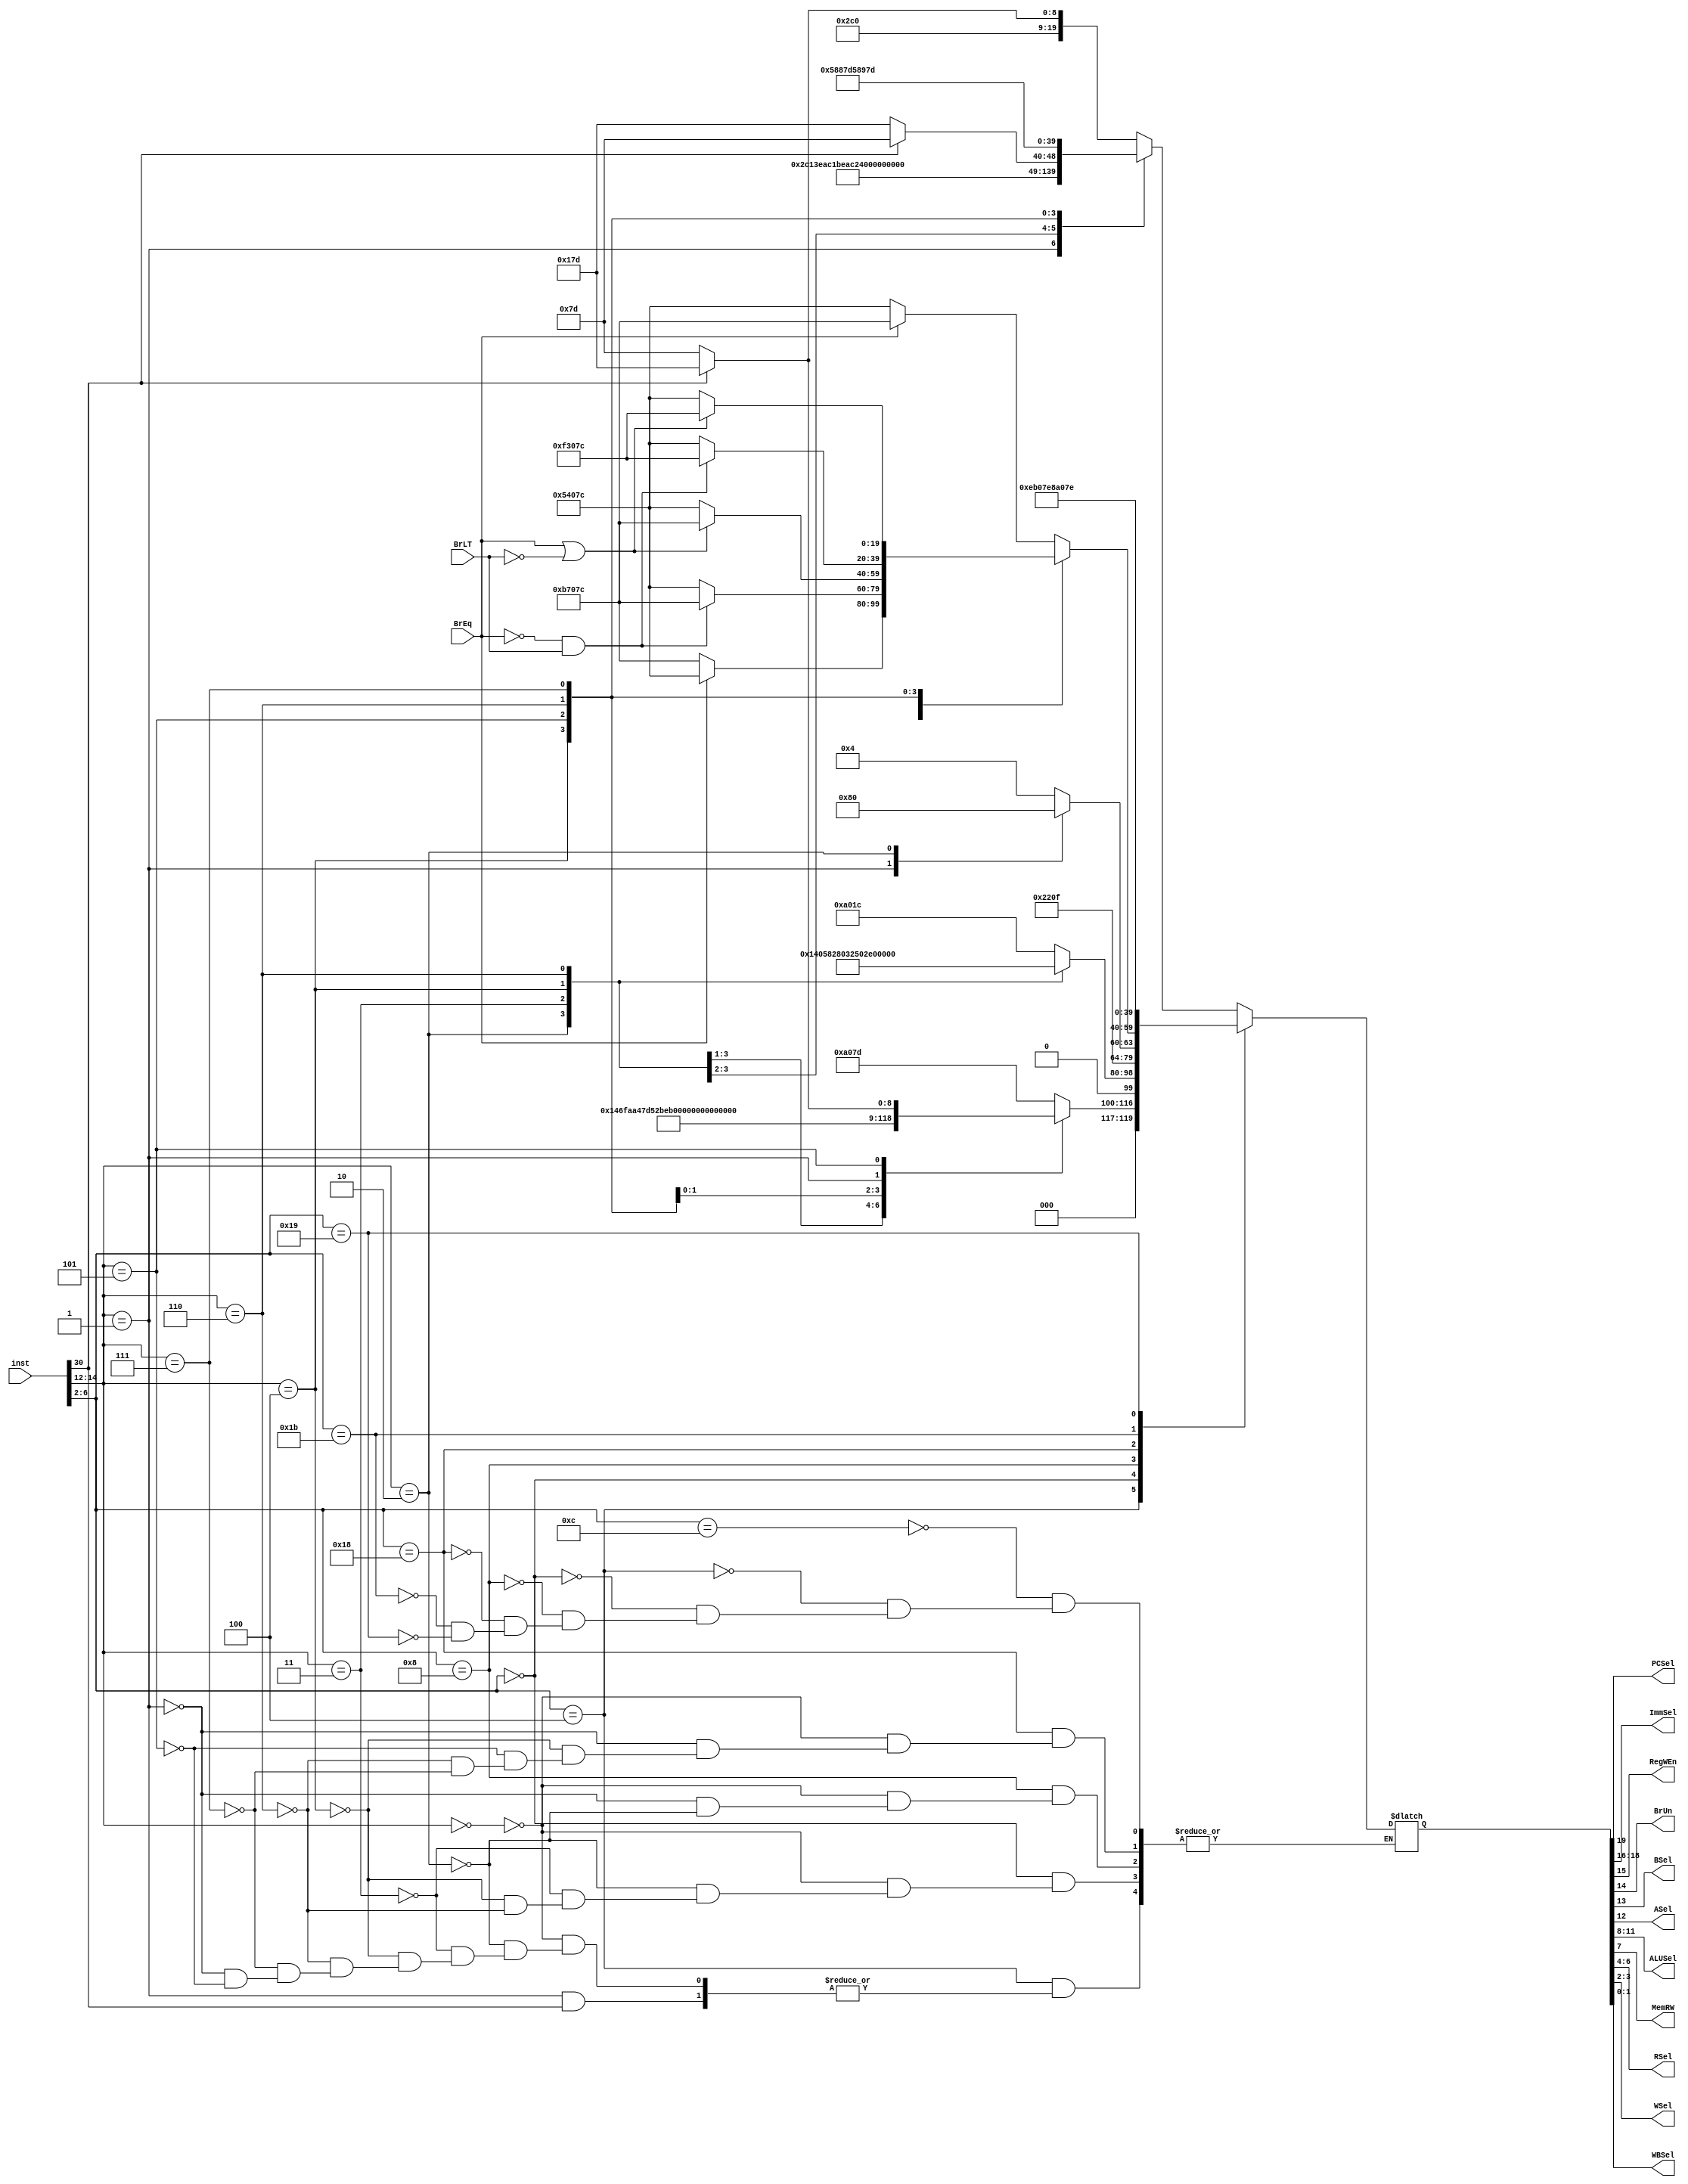
module Control_Unit(inst,BrEq,BrLT,PCSel,ImmSel,RegWEn,BrUn,BSel,ASel,ALUSel,MemRW,RSel,WSel,WBSel);
input [31:0]inst;
input BrEq,BrLT;
reg [19:0]data; //cau truc: PCSel_ImmSel_RegWEn_BrUn_BSel_ASel_ALUSel_MemRW_RSel_WSel_WBSel
output reg PCSel,RegWEn,BrUn,BSel,ASel,MemRW;
output reg [2:0]ImmSel,RSel;
output reg [1:0]WSel,WBSel;
output reg [3:0]ALUSel;
//type
localparam R=5'b01100;
localparam Ic=5'b00100;
localparam Il=5'b00000;
localparam S=5'b01000;
localparam B=5'b11000;
localparam J=5'b11011;
localparam Jr=5'b11001;
//command
localparam add_sub =3'b000; localparam addi =3'b000; localparam lb =3'b000;
localparam beq =3'b000; localparam jalr =3'b000; localparam sb =3'b000;
localparam sll =3'b001; localparam slli =3'b001;  localparam sh =3'b001; localparam bne =3'b001;
localparam slt= 3'b010; localparam slti = 3'b010; localparam lh = 3'b010; localparam sw= 3'b010;
localparam sltu= 3'b011; localparam sltiu= 3'b011;  localparam lw= 3'b011;
localparam _xor= 3'b100; localparam _xori= 3'b100; localparam lbu= 3'b100; localparam blt= 3'b100;
localparam srl_sra= 3'b101; localparam srli_srai= 3'b101; localparam bge= 3'b101; 
localparam _or = 3'b110; localparam _ori = 3'b110; localparam lhu = 3'b110; localparam bltu = 3'b110;
localparam _and = 3'b111; localparam _andi = 3'b111; localparam bgeu = 3'b111;
//operation
always @ (*) begin
case(inst[6:2])
	R: begin 
		case(inst[14:12])
		add_sub: begin 
				if (inst[30]) data<=20'b0_101_1_0_0_0_0001_0_111_11_01;
				else data<=20'b0_101_1_0_0_0_0000_0_111_11_01;
			end
		sll: data<=20'b0_101_1_0_0_0_0010_0_111_11_01;
		slt: data<=20'b0_101_1_0_0_0_0011_0_111_11_01;
		sltu: data<=20'b0_101_1_0_0_0_0100_0_111_11_01;
		_xor: data<=20'b0_101_1_0_0_0_0101_0_111_11_01;
		srl_sra: begin 
				if (inst[30]) data<=20'b0_101_1_0_0_0_0110_0_111_11_01;
				else data<=20'b0_101_1_0_0_0_0111_0_111_11_01;
			end			
		_or: data<=20'b0_101_1_0_0_0_1000_0_111_11_01;
		_and: data<=20'b0_101_1_0_0_0_1001_0_111_11_01;
		endcase
	   end
	Ic: begin
		case(inst[14:12])
		addi: data<=20'b0_000_1_0_1_0_0000_0_111_11_01;
		slti: data<=20'b0_000_1_0_1_0_0011_0_111_11_01;
		sltiu: data<=20'b0_000_1_0_1_0_0100_0_111_11_01;
		_xori: data<=20'b0_000_1_0_1_0_0101_0_111_11_01;
		_or: data<=20'b0_000_1_0_1_0_1000_0_111_11_01;
		_andi: data<=20'b0_000_1_0_1_0_1001_0_111_11_01;
		slli: if (inst[30]==0) data<=20'b0_001_1_0_1_0_0010_0_111_11_01;
		srli_srai: begin
				if(inst[30]) data<=20'b0_001_1_0_1_0_0111_0_111_11_01;
				else data<=20'b0_001_1_0_1_0_0110_0_111_11_01;
			end
	     	endcase
	     end
	Il:  begin
		case(inst[14:12])
		lb: data<= 20'b0_000_1_0_1_0_0000_0_001_11_00;
		lh: data<= 20'b0_000_1_0_1_0_0000_0_010_11_00;
		lw: data<= 20'b0_000_1_0_1_0_0000_0_000_11_00;
		lbu: data<= 20'b0_100_1_0_1_0_0000_0_101_11_00;
		lhu: data<= 20'b0_100_1_0_1_0_0000_0_110_11_00;
		endcase
	     end
	S:  begin
		case(inst[14:12])
		sb: data<= 20'b0_010_0_0_1_0_0000_1_111_01_00;
		sh: data<= 20'b0_010_0_0_1_0_0000_1_111_10_00;
		sw: data<= 20'b0_010_0_0_1_0_0000_1_111_00_00;
	    	endcase
	    end
	B: begin
		case(inst[14:12])
		beq: begin
			 BrUn=1'b1;
			 if(BrEq) data<= 20'b1_011_0_1_1_1_0000_0_111_11_00;
			 else data<= 20'b0_101_0_1_0_0_0000_0_111_11_00;
		     end
		bne: begin
			BrUn=1'b1;
			 if(BrEq==0) data<= 20'b1_011_0_1_1_1_0000_0_111_11_00;
			 else data<= 20'b0_101_0_1_0_0_0000_0_111_11_00;
		      end
		blt: begin
			BrUn=1'b1;
			 if(BrEq==0 && BrLT==1) data<= 20'b1_011_0_1_1_1_0000_0_111_11_00;
			 else data<= 20'b0_101_0_1_0_0_0000_0_111_11_00;
		      end
		bge: begin
			BrUn=1'b1;
			 if(BrEq==1 || BrLT==0) data<= 20'b1_011_0_1_1_1_0000_0_111_11_00;
			 else data<= 20'b0_101_0_1_0_0_0000_0_111_11_00;
		      end
		bltu: begin
			 BrUn=1'b0;
			 if(BrEq==0 && BrLT==1) data<= 20'b1_111_0_0_1_1_0000_0_111_11_00;
			 else data<= 20'b0_101_0_1_0_0_0000_0_111_11_00;
		       end
		bgeu: begin
			 BrUn=1'b0;
			 if(BrEq==1 || BrLT==0) data<= 20'b1_111_0_0_1_1_0000_0_111_11_00;
			 else data<= 20'b0_101_0_1_0_0_0000_0_111_11_00;
		      end
		endcase
	     	end
	J: data <= 20'b1_110_1_0_1_1_0000_0_111_11_10;
	Jr: data <= 20'b1_000_1_0_1_0_0000_0_111_11_10;
endcase
PCSel<= data[19];
ImmSel <=data[18:16];
RegWEn <=data[15];
BrUn <= data [14];
BSel <= data [13];
ASel <= data [12];
ALUSel <= data [11:8];
MemRW <= data[7];
RSel <= data[6:4];
WSel <= data[3:2];
WBSel <= data[1:0];
end
endmodule